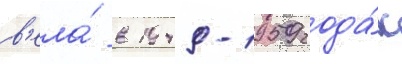
в'ела́ в 1949-1959 года́х